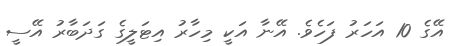
އޭގެ 10 އަހަރު ފަހެވެ. އޭނާ އަކީ މިހާރު އިޓަލީގެ ގަދަބާރު އޭސީ